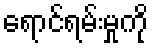
ရောင်ရမ်းမှုကို